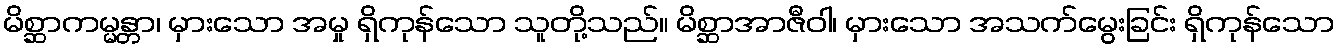
မိစ္ဆာကမ္မန္တာ၊ မှားသော အမှု ရှိကုန်သော သူတို့သည်။ မိစ္ဆာအာဇီဝါ၊ မှားသော အသက်မွေးခြင်း ရှိကုန်သော